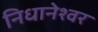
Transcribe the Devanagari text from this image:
निधानेश्वर